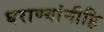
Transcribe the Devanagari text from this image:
घराण्यांनीहि